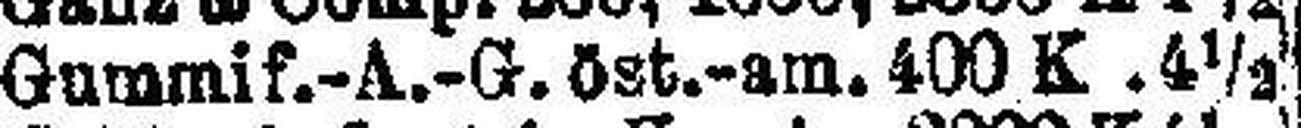
Gummif.-A.-G. öst.-am. 400 K .4½